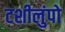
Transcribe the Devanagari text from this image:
टशीलुंपो